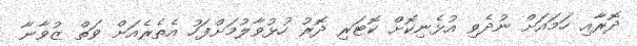
ދޮރާއި ހަމައަށް ނުދެވި އުޅެނިކޮށް ކޮޓަރި ދޮރު ހުޅުވާލުމަށްފަހު އެތެރެއަށް ވަތް ޒުވާނާ